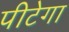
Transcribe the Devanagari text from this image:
पीटेगा